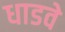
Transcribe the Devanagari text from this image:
धाडवे